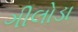
ગીલોડા